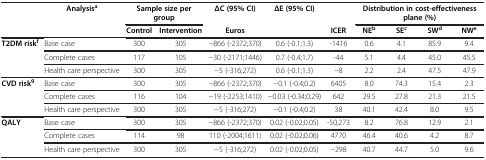
|  | Analysisa | <COLSPAN=2> Sample size per group | ΔC (95% CI) | ΔE (95% CI) |  | <COLSPAN=4> Distribution in cost-effectiveness plane (%) |
 |  |  | Control | Intervention | Euros |  | ICER | NEb | SEc | SWd | NWe |
 | --- | --- | --- | --- | --- | --- | --- | --- | --- | --- | --- |
 | <ROWSPAN=2> T2DM riskf | Base case | 300 | 305 | −866 (-2372;370) | 0.6 (-0.1;1.3) | -1416 | 0.6 | 4.1 | 85.9 | 9.4 |
 | Complete cases | 117 | 105 | −30 (-2171;1446) | 0.7 (-0.4;1.7) | -44 | 5.1 | 4.4 | 45.0 | 45.5 |
 |  | Health care perspective | 300 | 305 | −5 (-316;272) | 0.6 (-0.1;1.3) | −8 | 2.2 | 2.4 | 47.5 | 47.9 |
 | <ROWSPAN=2> CVD riskg | Base case | 300 | 305 | −866 (-2372;370) | −0.1 (-0.4;0.2) | 6405 | 8.0 | 74.3 | 15.4 | 2.3 |
 | Complete cases | 116 | 104 | −19 (-2253;1410) | −0.03 (-0.34;0.29) | 642 | 29.5 | 27.8 | 21.3 | 21.5 |
 |  | Health care perspective | 300 | 305 | −5 (-316;272) | −0.1 (-0.4;0.2) | 38 | 40.1 | 42.4 | 8.0 | 9.5 |
 | <ROWSPAN=2> QALY | Base case | 300 | 305 | −866 (-2372;370) | 0.02 (-0.02;0.05) | -50,273 | 8.2 | 76.8 | 12.9 | 2.1 |
 | Complete cases | 114 | 98 | 110 (-2004;1611) | 0.02 (-0.02;0.06) | 4770 | 46.4 | 40.6 | 4.2 | 8.7 |
 |  | Health care perspective | 300 | 305 | −5 (-316;272) | 0.02 (-0.02;0.05) | −298 | 40.7 | 44.7 | 5.0 | 9.6 |